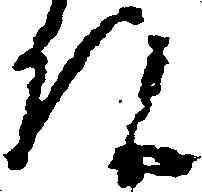
頭